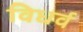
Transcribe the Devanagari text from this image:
विधर्व